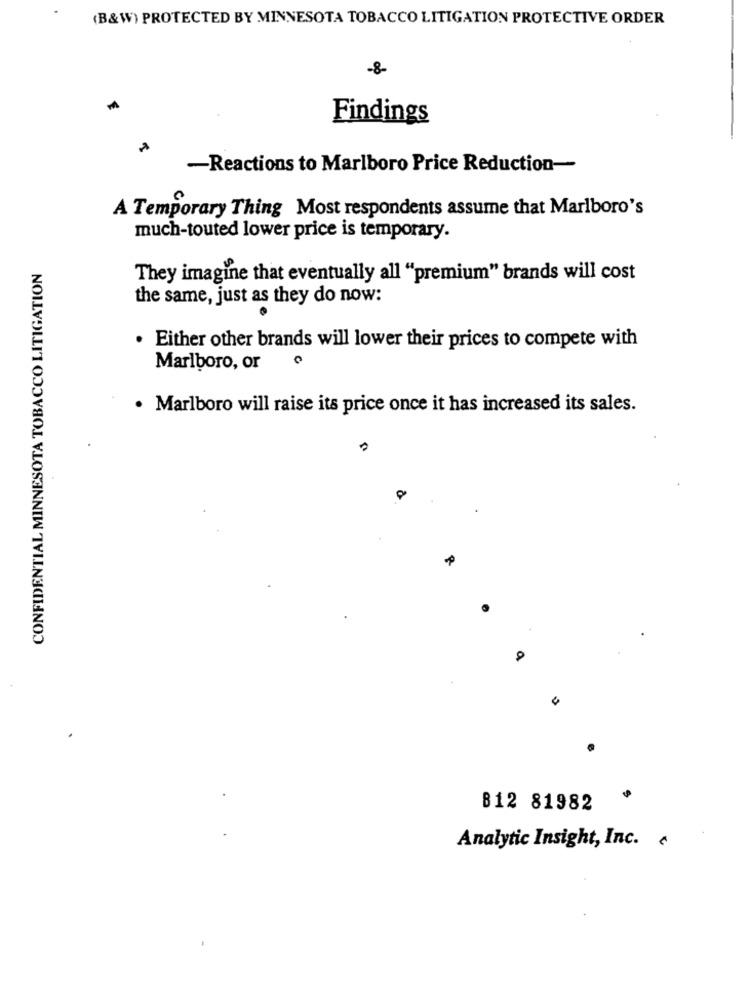
(B&W) PROTECTED BY MINNESOTA TOBACCO LITIGATION PROTECTIVE ORDER
-8-
Findings
-Reactions to Marlboro Price Reduction-
A Temporary Thing Most respondents assume that Marlboro's
much-touted lower price is temporary.
CONFIDENTIAL MINNESOTA TOBACCO LITIGATION
They imagine that eventually all "premium" brands will cost
the same, just as they do now:
. Either other brands will lower their prices to compete with
Marlboro, or
· Marlboro will raise its price once it has increased its sales.
812 81982
Analytic Insight, Inc.